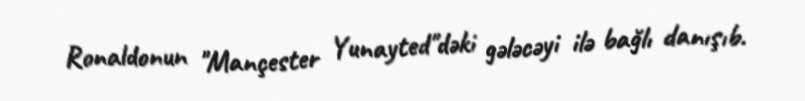
Ronaldonun "Mançester Yunayted"dəki gələcəyi ilə bağlı danışıb.